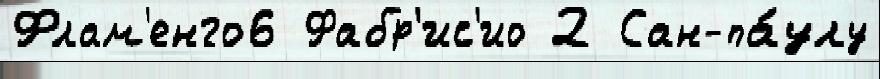
Флам'енго6 Фабр'ис'ио 2 Сан-па́улу